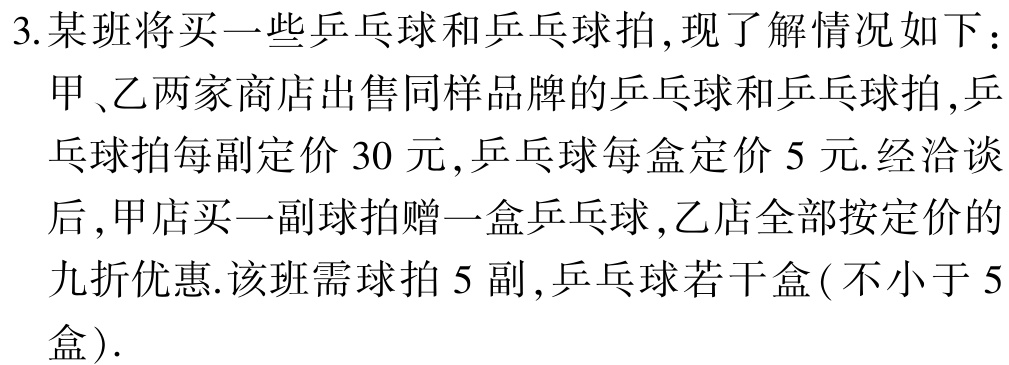
3. 某班将买一些乒乓球和乒乓球拍,现了解情况如下：

甲、乙两家商店出售同样品牌的乒乓球和乒乓球拍,乒

乓球拍每副定价 30 元,乒乓球每盒定价 5 元.经洽谈

后,甲店买一副球拍赠一盒乒乓球,乙店全部按定价的

九折优惠.该班需球拍 5 副,乒乓球若干盒( 不小于 5

盒).